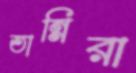
তান্নিরা